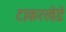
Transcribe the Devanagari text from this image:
टाकरखेडे